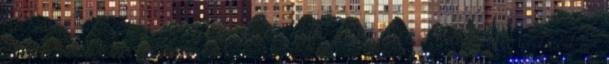
aktiválják azokat a kódokat, amelyek utad részévé váltak. -